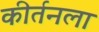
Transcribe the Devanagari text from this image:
कीर्तनला